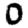
Digit: 0